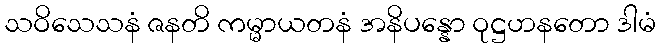
သဝိသေသနံ ဇနတိ ကမ္မာယတနံ အနိပန္နော ဝုဋ္ဌဟနတော ဒါမံ